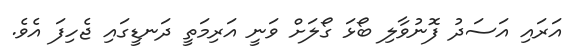
އަރައި އަސަދު ފޮނުވާލި ބޯޅަ ގޯލަށް ވަނީ އަރިމަތީ ދަނޑީގައި ޖެހިފަ އެވެ.